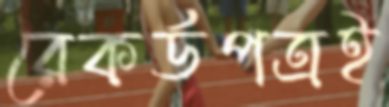
রেকর্ডপত্রই